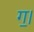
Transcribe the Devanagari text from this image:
ग॒।